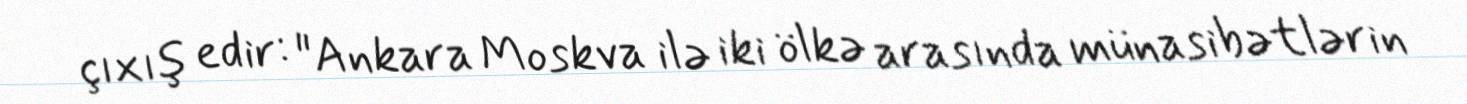
çıxış edir: "Ankara Moskva ilə iki ölkə arasında münasibətlərin